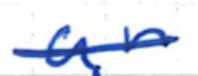
Text: an
Cross-out: mix
Writing tool: ballpoint